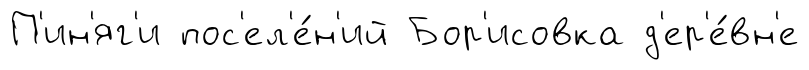
П'ин'яг'и пос'ел'е́н'ий Бор'исовка д'ер'е́вн'е